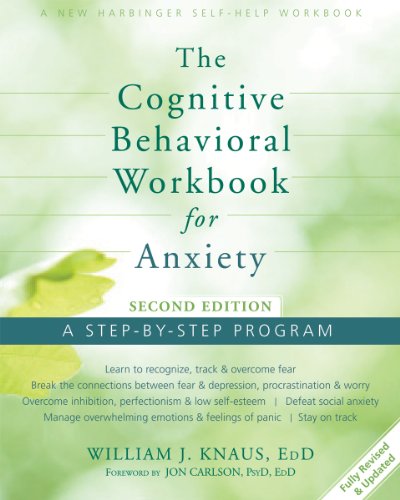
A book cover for The Cognitive Behavioral Workbook for Anxiety: A Step-By-Step Program; Dr. William J Knaus EdD; Self-Help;